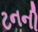
ટનની